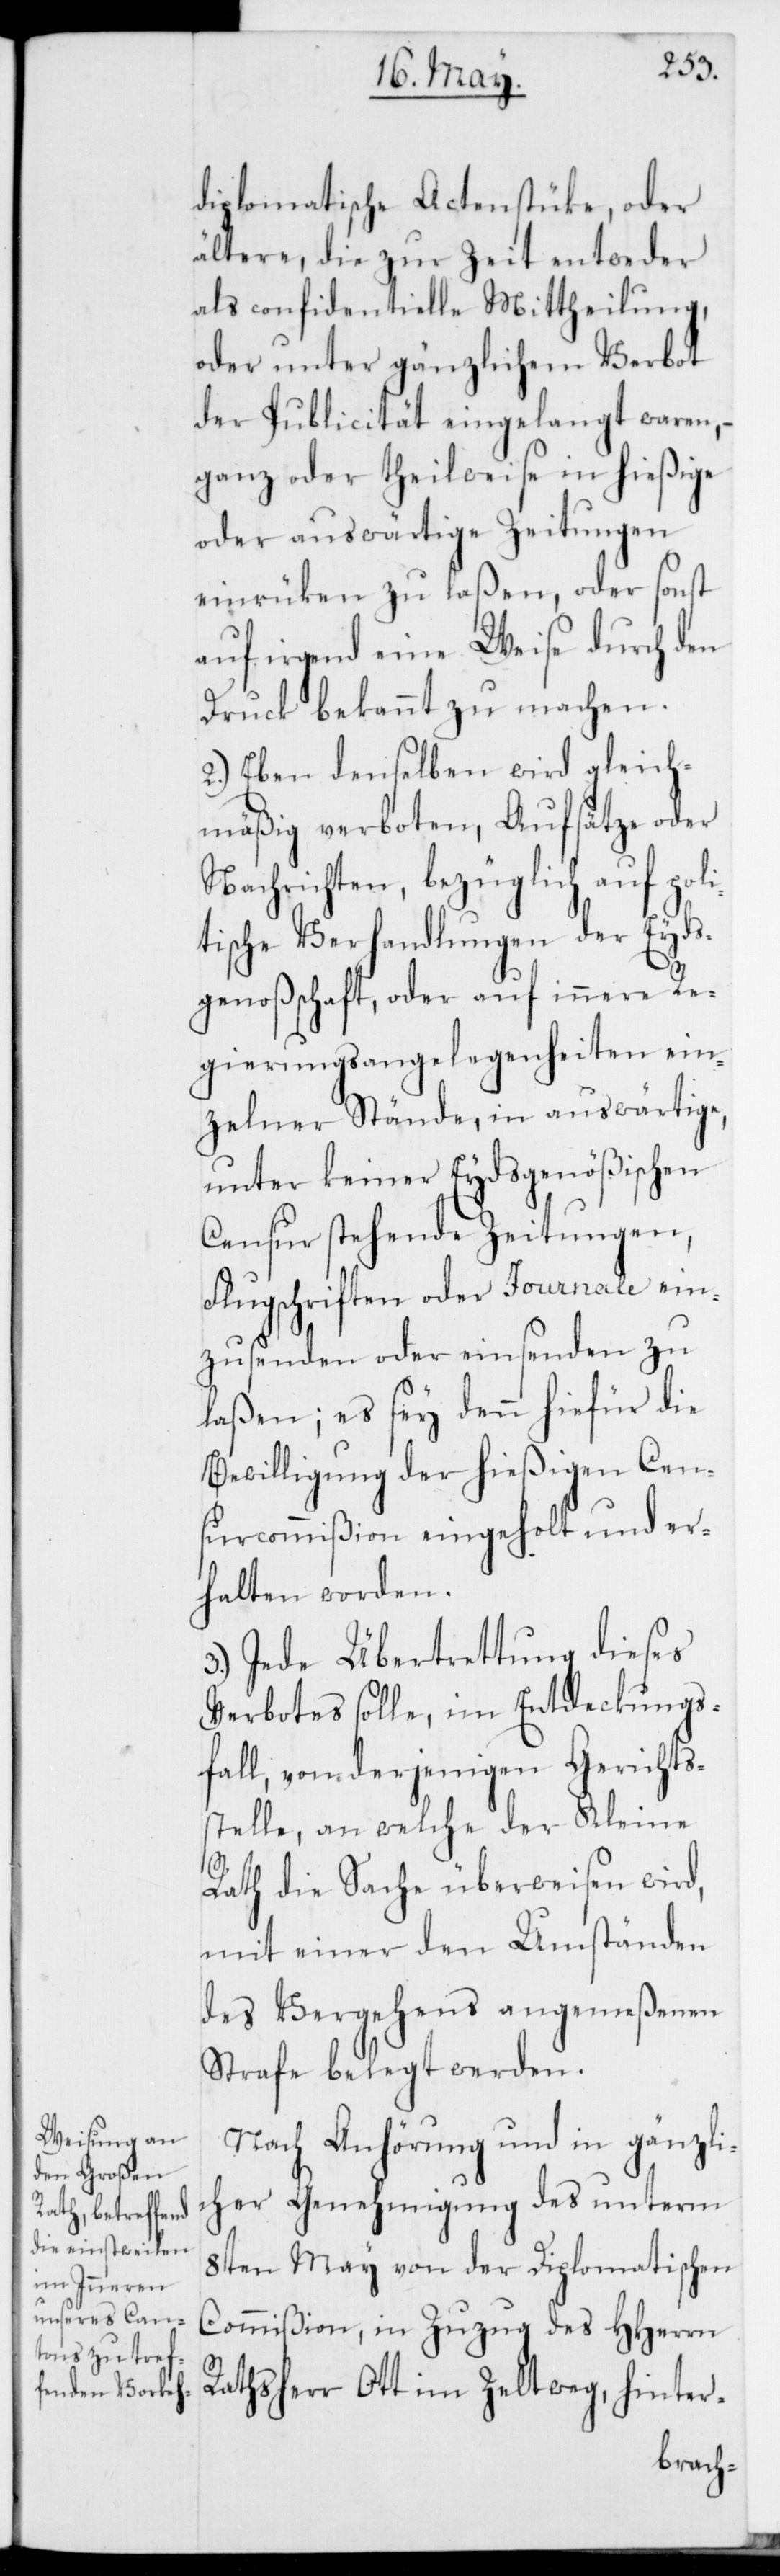
diplomatische Actenstücke, oder
ältere, die zur Zeit entweder
als confidentielle Mittheilung,
oder unter gänzlichem Verbot
der Publicität eingelangt waren, –
ganz oder theilweise in hießige
oder auswärtige Zeitungen
einrücken zu laßen, oder sonst
auf irgend eine Weise durch den
Druck bekannt zu machen.
2.) Eben denselben wird gleich¬
mäßig verboten, Aufsätze oder
Nachrichten, bezüglich auf poli¬
tische Verhandlungen der Eyds¬
genoßenschaft, oder auf innere Re¬
gierungsangelegenheiten ein¬
zelner Stände, in auswärtige,
unter keiner Eydsgenößischen
Censur stehende Zeitungen,
Flugschriften oder Journale ein¬
zusenden oder einsenden zu
laßen; es sey denn hiefür die
Bewilligung der hießigen Cen¬
surcommißion eingeholt und er¬
halten worden.
3.) Jede Übertrettung dieses
Verbotes solle, im Entdeckungs¬
fall, von derjenigen Gerichts¬
stelle, an welche der Kleine
Rath die Sache überweisen wird,
mit einer den Umständen
des Vergehens angemeßenen
Strafe belegt werden.
Nach Anhörung und in gänzli¬
cher Genehmigung des unterm
8ten May von der Diplomatischen
Commißion, in Zuzug des HHerrn
Ratsherr Ott im Zeltweg, hinter-